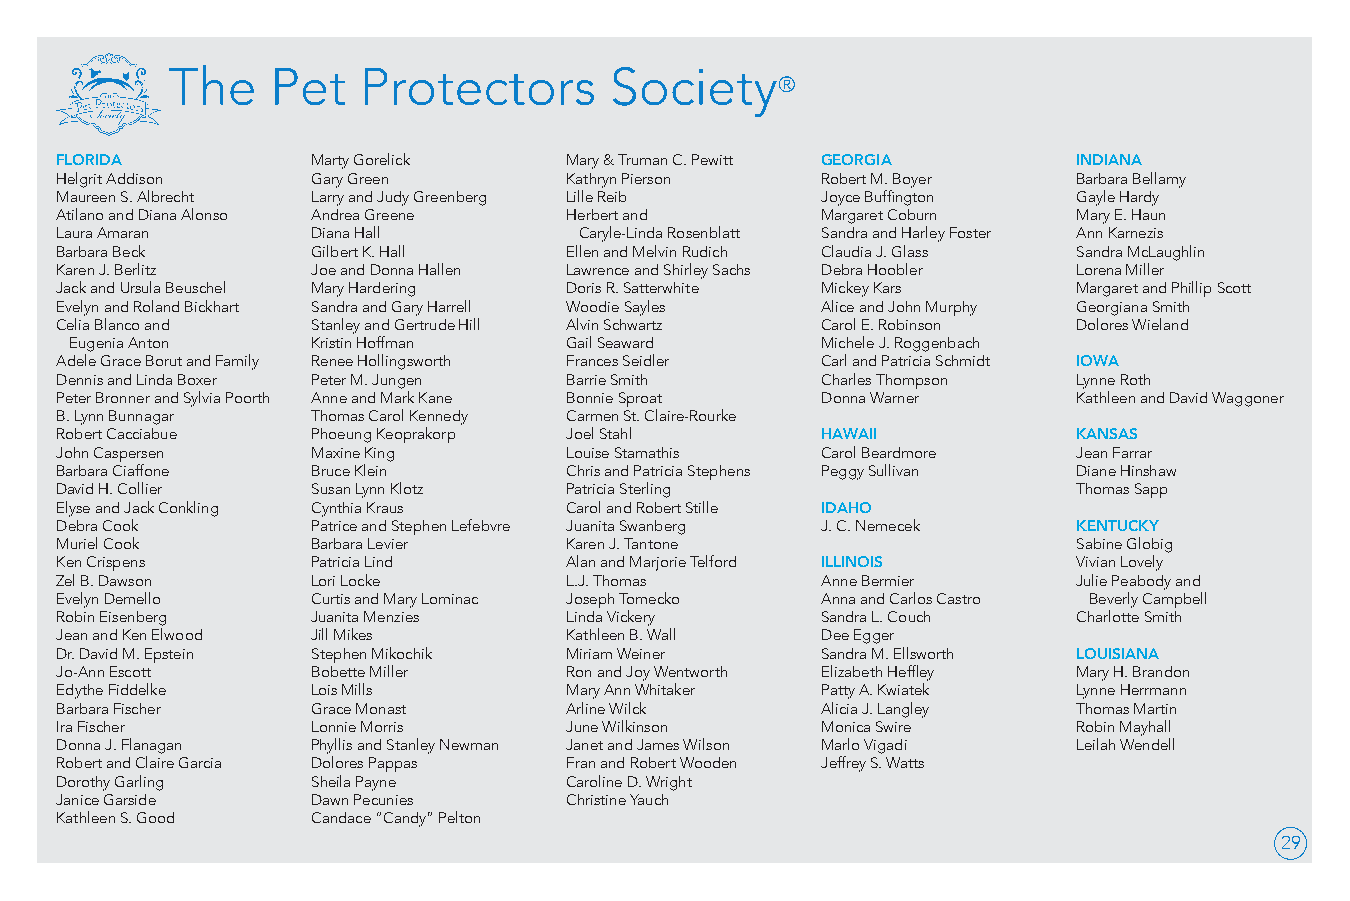
The    Pet   Protectors      Society
 ®
 FLORIDA          Marty Gorelick  Mary & Truman C. Pewitt GEORGIA   INDIANA
 Helgrit Addison  Gary Green      Kathryn Pierson  Robert M. Boyer  Barbara Bellamy
 Maureen S. Albrecht Larry and Judy Greenberg Lille Reib Joyce Buffington Gayle Hardy
 Atilano and Diana Alonso Andrea Greene Herbert and Margaret Coburn Mary E. Haun
 Laura Amaran     Diana Hall       Caryle-Linda Rosenblatt Sandra and Harley Foster Ann Karnezis
 Barbara Beck     Gilbert K. Hall Ellen and Melvin Rudich Claudia J. Glass Sandra McLaughlin
 Karen J. Berlitz Joe and Donna Hallen Lawrence and Shirley Sachs Debra Hoobler Lorena Miller
 Jack and Ursula Beuschel Mary Hardering Doris R. Satterwhite Mickey Kars Margaret and Phillip Scott
 Evelyn and Roland Bickhart Sandra and Gary Harrell Woodie Sayles Alice and John Murphy Georgiana Smith
 Celia Blanco and Stanley and Gertrude Hill Alvin Schwartz Carol E. Robinson Dolores Wieland
 Eugenia Anton   Kristin Hoffman Gail Seaward     Michele J. Roggenbach
 Adele Grace Borut and Family Renee Hollingsworth Frances Seidler Carl and Patricia Schmidt IOWA
 Dennis and Linda Boxer Peter M. Jungen Barrie Smith Charles Thompson Lynne Roth
 Peter Bronner and Sylvia Poorth Anne and Mark Kane Bonnie Sproat Donna Warner Kathleen and David Waggoner
 B. Lynn Bunnagar Thomas Carol Kennedy Carmen St. Claire-Rourke
 Robert Cacciabue Phoeung Keoprakorp Joel Stahl    HAWAII           KANSAS
 John Caspersen   Maxine King     Louise Stamathis Carol Beardmore  Jean Farrar
 Barbara Ciaffone Bruce Klein     Chris and Patricia Stephens Peggy Sullivan Diane Hinshaw
 David H. Collier Susan Lynn Klotz Patricia Sterling                Thomas Sapp
 Elyse and Jack Conkling Cynthia Kraus Carol and Robert Stille IDAHO
 Debra Cook       Patrice and Stephen Lefebvre Juanita Swanberg J. C. Nemecek KENTUCKY
 Muriel Cook      Barbara Levier  Karen J. Tantone                  Sabine Globig
 Ken Crispens     Patricia Lind   Alan and Marjorie Telford ILLINOIS Vivian Lovely
 Zel B. Dawson    Lori Locke      L.J. Thomas      Anne Bermier     Julie Peabody and
 Evelyn Demello   Curtis and Mary Lominac Joseph Tomecko Anna and Carlos Castro Beverly Campbell
 Robin Eisenberg  Juanita Menzies Linda Vickery    Sandra L. Couch  Charlotte Smith
 Jean and Ken Elwood Jill Mikes   Kathleen B. Wall Dee Egger
 Dr. David M. Epstein Stephen Mikochik Miriam Weiner Sandra M. Ellsworth LOUISIANA
 Jo-Ann Escott    Bobette Miller  Ron and Joy Wentworth Elizabeth Heffley Mary H. Brandon
 Edythe Fiddelke  Lois Mills      Mary Ann Whitaker Patty A. Kwiatek Lynne Herrmann
 Barbara Fischer  Grace Monast    Arline Wilck     Alicia J. Langley Thomas Martin
 Ira Fischer      Lonnie Morris   June Wilkinson   Monica Swire     Robin Mayhall
 Donna J. Flanagan Phyllis and Stanley Newman Janet and James Wilson Marlo Vigadi Leilah Wendell
 Robert and Claire Garcia Dolores Pappas Fran and Robert Wooden Jeffrey S. Watts
 Dorothy Garling  Sheila Payne    Caroline D. Wright
 Janice Garside   Dawn Pecunies   Christine Yauch
 Kathleen S. Good Candace “Candy” Pelton
 29